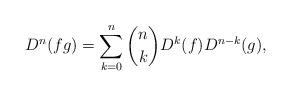
LaTeX: \begin{align*} D^n(fg) = \sum_{k=0}^n {n \choose k} D^k(f) D^{n-k}(g),\end{align*}